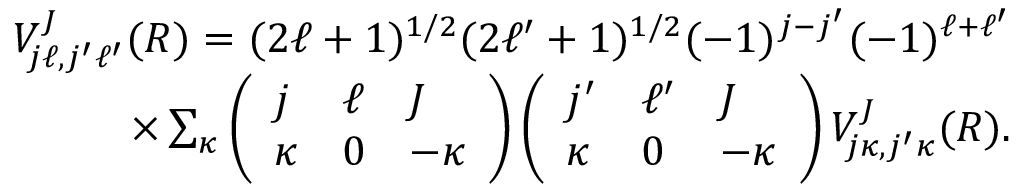
\begin{array} { r } { V _ { j \ell , j ^ { \prime } \ell ^ { \prime } } ^ { J } ( R ) = ( 2 \ell + 1 ) ^ { 1 / 2 } ( 2 \ell ^ { \prime } + 1 ) ^ { 1 / 2 } ( - 1 ) ^ { j - j ^ { \prime } } ( - 1 ) ^ { \ell + \ell ^ { \prime } } } \\ { \times \sum _ { \kappa } \left( \begin{array} { l l l } { j } & { \ell } & { J } \\ { \kappa } & { 0 } & { - \kappa } \end{array} \right) \left( \begin{array} { l l l } { j ^ { \prime } } & { \ell ^ { \prime } } & { J } \\ { \kappa } & { 0 } & { - \kappa } \end{array} \right) V _ { j \kappa , j ^ { \prime } \kappa } ^ { J } ( R ) . } \end{array}